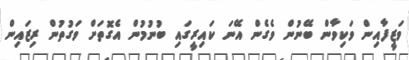
ވަޒީފާއިން ވަކިވާން ބޭނުން ވެގެން އޭނަ ކައިރީގައި ބުނުމުން އެގޮތަށް ވަގުތުން ރިޒައިން